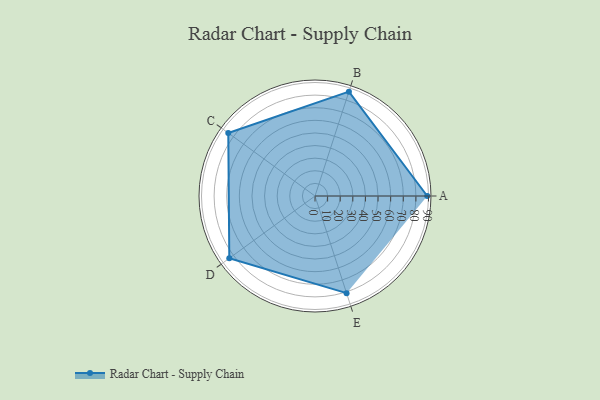
{"axis": {"x": "Skill", "y": "Score"}, "legend": ["Profile"], "data": [{"x": "A", "y": 89.0, "type": "Profile"}, {"x": "B", "y": 87.0, "type": "Profile"}, {"x": "C", "y": 85.0, "type": "Profile"}, {"x": "D", "y": 84.0, "type": "Profile"}, {"x": "E", "y": 81.0, "type": "Profile"}]}